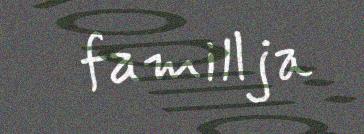
famillja